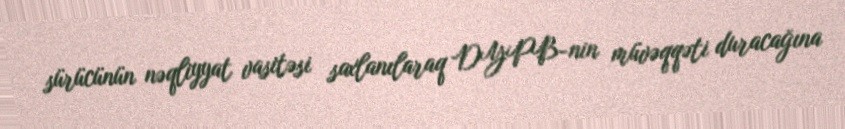
sürücünün nəqliyyat vasitəsi saxlanılaraq DYPB-nin müvəqqəti duracağına